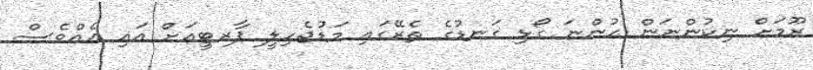
ރޫމަށް ނިކުންނަން ހުންނަ ގޯޅި ގަނޑުގެ ތެރޭގައި މަޑުޖެހިލީ ޕާރޓީއަށް އައި އެއްވެސް